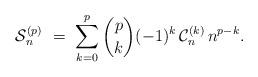
LaTeX: \begin{align*}\mathcal{S}_n^{(p)} \ = \ \sum_{k=0}^{p} \binom{p}{k} (-1)^k \, \mathcal{C}_n^{(k)} \, n^{p-k}.\end{align*}